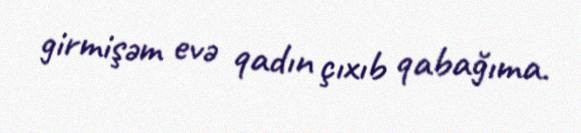
girmişəm evə qadın çıxıb qabağıma.